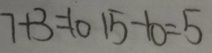
7 + 3 + 1 0 1 5 - 1 0 = 5